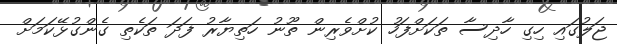
ޖަލުގައި ހިގި ހާދިސާ ތަކަށްފަހު ކުށްވެރިން ތޫނު ހަތިޔާރު ފަދަ ތަކެތި ގެންގުޅޭކަމަށް